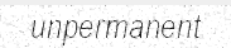
unpermanent